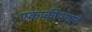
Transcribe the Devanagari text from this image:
एकाकीपणाचे